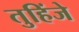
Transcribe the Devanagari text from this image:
तुहिंजे